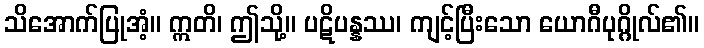
သိအောက်ပြုအံ့။ ဣတိ၊ ဤသို့။ ပဋိပန္နဿ၊ ကျင့်ပြီးသော ယောဂီပုဂ္ဂိုလ်၏။